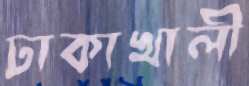
ঢাকাখালী